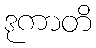
ဒုကာတိ